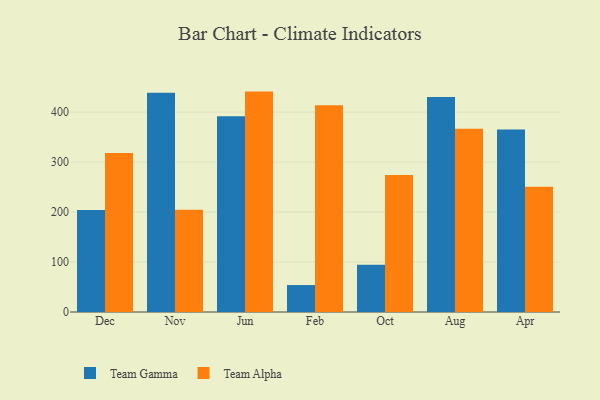
{"axis": {"x": "Month", "y": "Demand Index"}, "legend": ["Team Alpha", "Team Gamma"], "data": [{"x": "Dec", "y": 203.9, "type": "Team Gamma"}, {"x": "Dec", "y": 317.9, "type": "Team Alpha"}, {"x": "Nov", "y": 438.7, "type": "Team Gamma"}, {"x": "Nov", "y": 204.8, "type": "Team Alpha"}, {"x": "Jun", "y": 391.6, "type": "Team Gamma"}, {"x": "Jun", "y": 441.0, "type": "Team Alpha"}, {"x": "Feb", "y": 53.9, "type": "Team Gamma"}, {"x": "Feb", "y": 413.6, "type": "Team Alpha"}, {"x": "Oct", "y": 94.5, "type": "Team Gamma"}, {"x": "Oct", "y": 274.2, "type": "Team Alpha"}, {"x": "Aug", "y": 430.2, "type": "Team Gamma"}, {"x": "Aug", "y": 366.9, "type": "Team Alpha"}, {"x": "Apr", "y": 365.1, "type": "Team Gamma"}, {"x": "Apr", "y": 250.6, "type": "Team Alpha"}]}